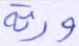
ورثة